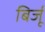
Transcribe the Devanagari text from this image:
बिर्जू